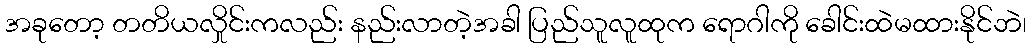
အခုတော့ တတိယလှိုင်းကလည်း နည်းလာတဲ့အခါ ပြည်သူလူထုက ရောဂါကို ခေါင်းထဲမထားနိုင်ဘဲ၊